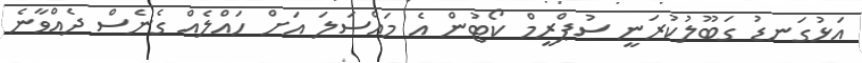
އަޅުގަނޑު ގަބޫލުކުރަނީ ސުޕްރީމް ކޯޓުން އެ މައްސަލަ އަށް ހައްލެއް ގެނެސް ދެއްވާނެ